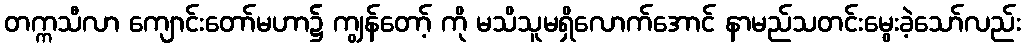
တက္ကသီလာ ကျောင်းတော်မဟာ၌ ကျွန်တော့် ကို မသိသူမရှိလောက်အောင် နာမည်သတင်းမွေးခဲ့သော်လည်း